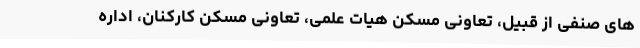
های صنفی از قبیل، تعاونی مسکن هیات علمی، تعاونی مسکن کارکنان، اداره